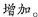
增加。